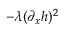
- \lambda ( \partial _ { x } h ) ^ { 2 }